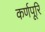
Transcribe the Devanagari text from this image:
कर्णपूरि